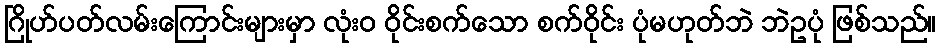
ဂြိုဟ်ပတ်လမ်းကြောင်းများမှာ လုံးဝ ဝိုင်းစက်သော စက်ဝိုင်း ပုံမဟုတ်ဘဲ ဘဲဥပုံ ဖြစ်သည်။